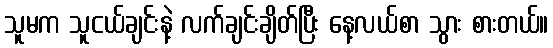
သူမက သူငယ်ချင်းနဲ့ လက်ချင်းချိတ်ပြီး နေ့လယ်စာ သွား စားတယ်။